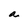
Character: a